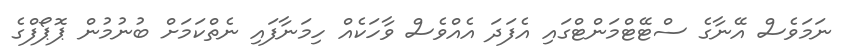
ނަމަވެސް އޭނާގެ ސްޓޭޓްމަންޓްގައި އެފަދަ އެއްވެސް ވާހަކެއް ހިމަނާފައި ނެތްކަމަށް ބުނުމުން ޕޮޕޯފްގެ